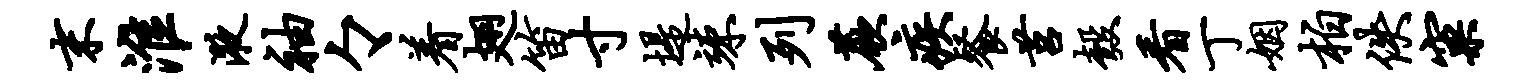
末淮液袖々着翅笛寸堤竦列蕨疾餐莒彀看丁姻柏佚窠